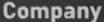
Company